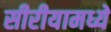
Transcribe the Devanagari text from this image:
सीरीयामध्ये